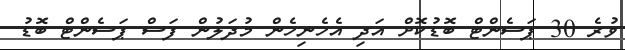
ވުރެ 30 ޕަސެންޓް ބޮޑުކޮށް އަދި އެހެނިހެން މުދަލުން ފަސް ޕަސެންޓް ބޮޑު